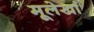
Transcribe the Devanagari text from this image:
मूलेखां